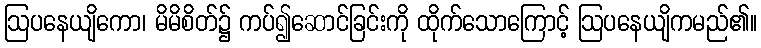
ဩပနေယျိကော၊ မိမိစိတ်၌ ကပ်၍ဆောင်ခြင်းကို ထိုက်သောကြောင့် ဩပနေယျိကမည်၏။